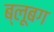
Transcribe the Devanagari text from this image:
ब्लूबग